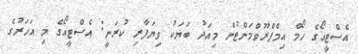
އެސްޓީއޯގެ ހޯމް އިމްޕްރޫވްމަންޓުން މިއަދު ބަޔަކު ވިޔަފާރި ކުރަނީ: އެސްޓީއޯގެ މި އަހަރުގެ